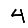
Digit: 4